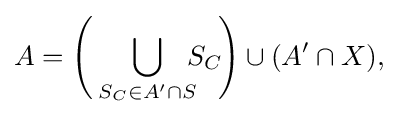
A={\Biggl (}\bigcup _{S_{C}\in A'\cap S}\!\!\!S_{C}\!{\Biggr )}\cup (A'\cap X),\